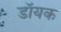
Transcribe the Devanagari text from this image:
डॉयक